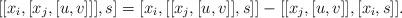
LaTeX: \begin{align*}[ [ x_i, [x_j , [u,v] ] ] , s ] =[ x_i, [ [x_j,[u,v]],s] ] - [ [x_j , [u,v] ] , [ x_i , s ] ].\end{align*}